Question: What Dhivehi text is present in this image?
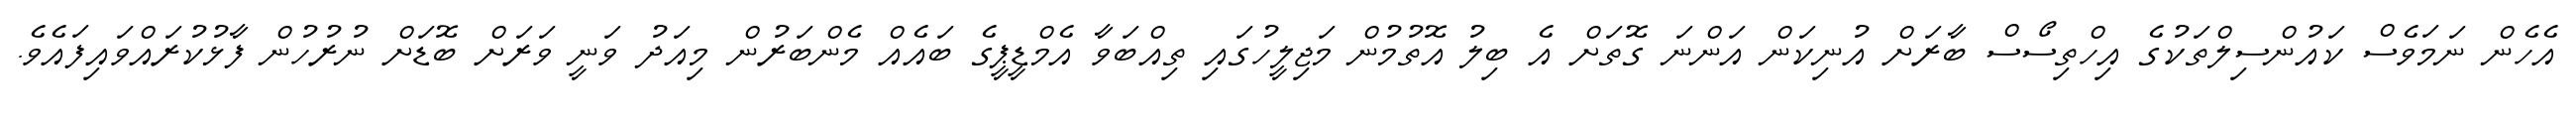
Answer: އެހެން ނަމަވެސް ކައުންސިލްތަކުގެ އިހްތިސޯސް ބާރަށް އުނިކަން އަންނަ ގޮތަށް އެ ބިލު އޮތުމުން މަޖިލީހުގައި ތިއްބަވާ އެމްޑީޕީގެ ބައެއް މެންބަރުން މިއަދު ވަނީ ވަރަށް ބޮޑަށް ނުރުހުން ފާޅުކުރައްވައިފައެވެ.